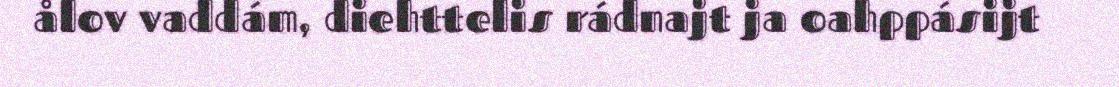
ålov vaddám, diehttelis rádnajt ja oahppásijt